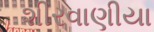
શીરવાણીયા